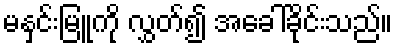
မနှင်းမြူကို လွှတ်၍ အခေါ်ခိုင်းသည်။